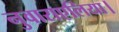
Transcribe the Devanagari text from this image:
नुवाराएलिया।